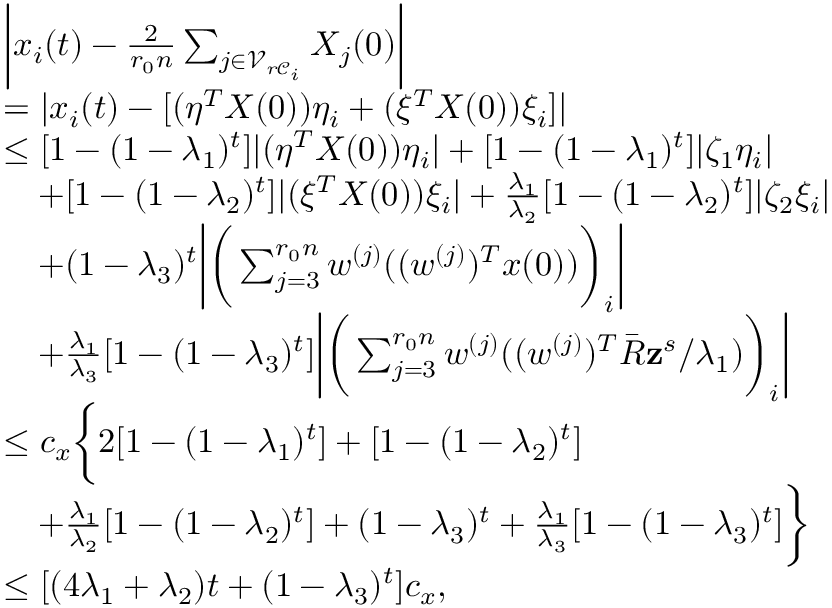
\begin{array} { r l } & { \bigg | x _ { i } ( t ) - \frac { 2 } { r _ { 0 } n } \sum _ { j \in \mathcal { V } _ { r \mathcal { C } _ { i } } } X _ { j } ( 0 ) \bigg | } \\ & { = | x _ { i } ( t ) - [ ( \eta ^ { T } X ( 0 ) ) \eta _ { i } + ( \xi ^ { T } X ( 0 ) ) \xi _ { i } ] | } \\ & { \le [ 1 - ( 1 - \lambda _ { 1 } ) ^ { t } ] | ( \eta ^ { T } X ( 0 ) ) \eta _ { i } | + [ 1 - ( 1 - \lambda _ { 1 } ) ^ { t } ] | \zeta _ { 1 } \eta _ { i } | } \\ & { \quad + [ 1 - ( 1 - \lambda _ { 2 } ) ^ { t } ] | ( \xi ^ { T } X ( 0 ) ) \xi _ { i } | + \frac { \lambda _ { 1 } } { \lambda _ { 2 } } [ 1 - ( 1 - \lambda _ { 2 } ) ^ { t } ] | \zeta _ { 2 } \xi _ { i } | } \\ & { \quad + ( 1 - \lambda _ { 3 } ) ^ { t } \bigg | \bigg ( \sum _ { j = 3 } ^ { r _ { 0 } n } w ^ { ( j ) } ( ( w ^ { ( j ) } ) ^ { T } x ( 0 ) ) \bigg ) _ { i } \bigg | } \\ & { \quad + \frac { \lambda _ { 1 } } { \lambda _ { 3 } } [ 1 - ( 1 - \lambda _ { 3 } ) ^ { t } ] \bigg | \bigg ( \sum _ { j = 3 } ^ { r _ { 0 } n } w ^ { ( j ) } ( ( w ^ { ( j ) } ) ^ { T } \bar { R } \mathbf { z } ^ { s } / \lambda _ { 1 } ) \bigg ) _ { i } \bigg | } \\ & { \le c _ { x } \bigg \{ 2 [ 1 - ( 1 - \lambda _ { 1 } ) ^ { t } ] + [ 1 - ( 1 - \lambda _ { 2 } ) ^ { t } ] } \\ & { \quad + \frac { \lambda _ { 1 } } { \lambda _ { 2 } } [ 1 - ( 1 - \lambda _ { 2 } ) ^ { t } ] + ( 1 - \lambda _ { 3 } ) ^ { t } + \frac { \lambda _ { 1 } } { \lambda _ { 3 } } [ 1 - ( 1 - \lambda _ { 3 } ) ^ { t } ] \bigg \} } \\ & { \le [ ( 4 \lambda _ { 1 } + \lambda _ { 2 } ) t + ( 1 - \lambda _ { 3 } ) ^ { t } ] c _ { x } , } \end{array}